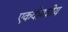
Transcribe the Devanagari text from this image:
एकदीवशीय